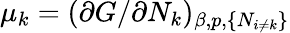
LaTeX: \mu_{k}=(\partial G/\partial N_{k})_{\beta,p,\{ N_{i\neq k}\} }